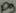
Text: D9